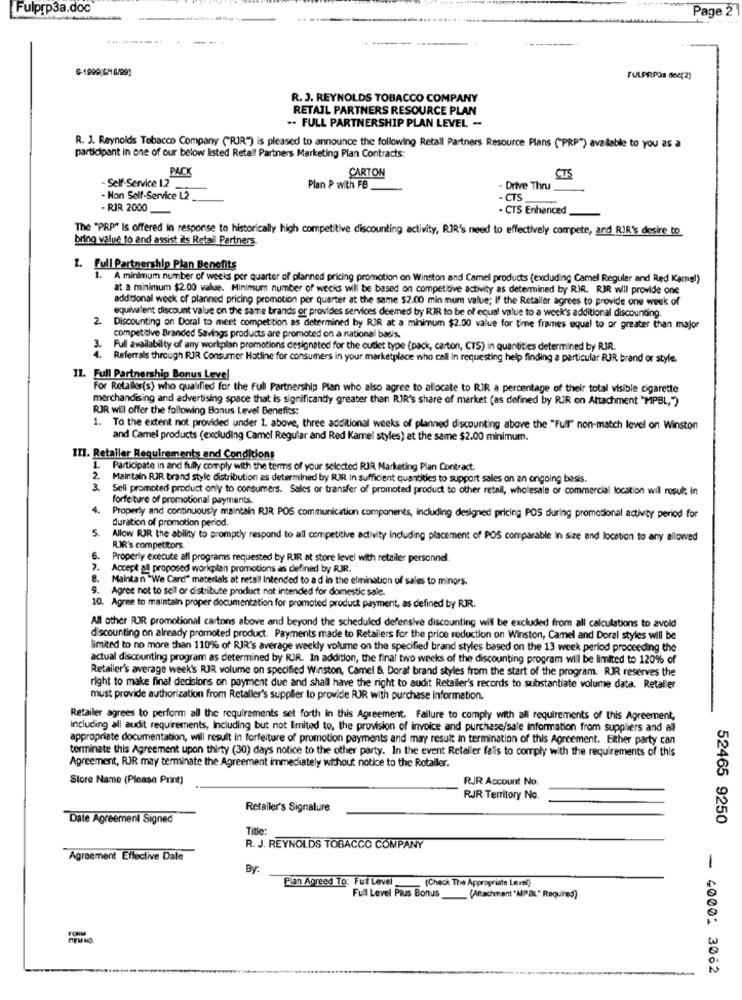
Fulprp3a.doc
Page 2
-
----
SULARPOR dec(2)
R. J. REYNOLDS TOBACCO COMPANY
RETAIL PARTNERS RESOURCE PLAN
.. FULL PARTNERSHIP PLAN LEVEL -
R. J. Reynolds Tobacco Company ("RIR") is pleased to announce the following Retail Partners Resource Plans ("PRP") available to you as a
participant in one of our below listed Retall Partners Marketing Plan Contracts:
PACK
CARTON
CTS
-Self-Service 12
Plan P with FB
- Drive Thru
- Non Self-Service L2
- CTS
- RIR 2000
- CTS Enhanced
The "PRP" Is offered in response to historically high competitive discounting activity, RIR's need to effectively compete, and RIR's desire to
bring value to and assist ils Retail Partners.
1. Full Partnership Plan Benefits
1. A minimum number of weeks per quarter of planned pricing promotion on Winston and Camel products (excluding Camel Regular and Red Karmel)
at a minimum $2.00 value. Minimum number of wecks will be based on competitive activity as determined by RJR. RIR will provide one
additional week of planned pricing promotion per quarter at the same $2.00 min mum value; If the Retaller agrees to provide one week of
equivalent discount value on the same brands or provides services deemed by RIR to be of equal value to a week's additional discounting.
2
Discounting on Doral to meet competition as determined by RIR at a minimum $2.00 value for time frames equal to or greater than major
competitive Branded Savings products are promoted on a national basis.
3. Full availability of any workplan promotions designated for the oudet type (pack, carton, CTS) in quantities determined by RJR.
4. Referrals through RJR Consumer Hotline for consumers in your marketplace who call In requesting help finding a particular RJR brand or style.
II. Full Partnership Bonus Level
For Retaller(s) who qualified for the Full Partnership Plan who also agree to allocate to RIR a percentage of their total visible cigarette
merchandising and advertising space that is significantly greater than RIR's share of market (as defined by RJR on Attachment "MPBL,")
RJR will offer the following Bonus Level Benefits:
1. To the extent not provided under 1. above, three additional weeks of planned discounting above the "Full" non-match level on Winston
and Camel products (excluding Camel Regular and Red Kamel styles) at the same $2.00 minimum.
III. Retailer Requirements and Conditions
1.
Participate in and fully comply with the terms of your selected RJR Marketing Plan Contract.
2.
Maintain RJR brand style distribution as determined by RJR In sufficient quantities to support sales on an ongoing basis.
3.
Sell promoted product only to consumers. Sales or transfer of promoted product to other retail, wholesale or commercial location will result in
forfeiture of promotional payments.
4.
Properly and continuously maintain RJR POS communication components, including designed pricing POS during promotional activity period for
duration of promotion period.
5.
Allow RJR the ability to promptly respond to all competitive activity including placement of POS comparable in size and location to any allowed
RJR's competitors.
6.
Properly execute all programs requested by RIR at store level with retailer personnel.
Accept all proposed workplan promotions as defined by RJR.
Maintan "We Card" materials at retail Intended to ad in the elimination of sales to minors.
9.
Agree not to sell or distribute product not intended for domestic sale.
10. Agree to maintain proper documentation for promoted product payment, as defined by RJR.
All other RJR promotional cartons above and beyond the scheduled defensive discounting will be excluded from all calculations to avold
discounting on already promoted product. Payments made to Retailers for the price reduction on Winston, Camel and Doral styles will be
limited to no more than 110% of RIR's average weekly volume on the specified brand styles based on the 13 week period proceeding the
actual discounting program as determined by RJR. In addition, the final two weeks of the discounting program will be limited to 120% of
Retailer's average week's RJR volume on specified Winston, Camel &. Doral brand styles from the start of the program. RJR reserves the
right to make final decisions on payment due and shall have the right to audit Retailer's records to substantiate volume data. Retaller
must provide authorization from Retaller's supplier to provide RJR with purchase information.
Retailer agrees to perform all the requirements set forth in this Agreement. Failure to comply with all requirements of this Agreement,
including all audit requirements, Including but not limited to, the provision of invoice and purchase/sale information from suppliers and al
appropriate documentation, will result in forfeiture of promotion payments and may result in termination of this Agreement. Either party can
terminate this Agreement upon thirty (30) days notice to the other party. In the event Retailer falls to comply with the requirements of this
Agreement, RJR may terminate the Agreement immediately without notice to the Rotaller.
Store Name (Please Print]
RJR Account No.
RJR Territory No.
Retailer's Signature
Date Agreement Signed
Title:
52465 9250
R. J. REYNOLDS TOBACCO COMPANY
Agreement Effective Dale
By:
Pian Agreed To: Full Level
(Check The Appropriate Level)
Full Level Plus Bonus __ (Attachment "MPAL" Required)
- 4000: 3062